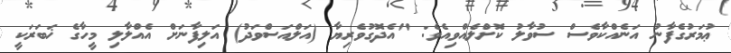
ޢުމަރުގެފާނު އަނެއްކާވެސް ސުވާލު ކޮށްލެއްވިއެވެ: "އެދޮގުވެރިޔާ (އަލްއަސްވަދު) އަލިފާނަށް އެއްލާލި މީހާގެ ޚަބަރަކީ